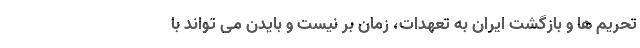
تحریم ها و بازگشت ایران به تعهدات، زمان بر نیست و بایدن می تواند با